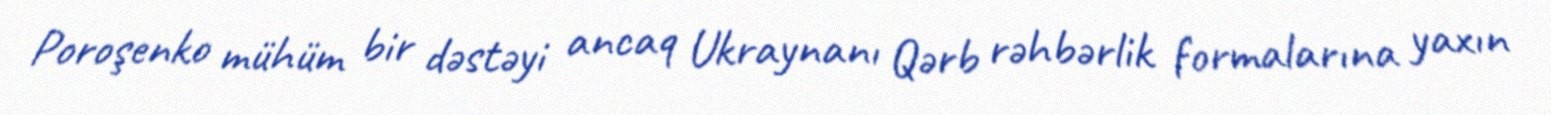
Poroşenko mühüm bir dəstəyi ancaq Ukraynanı Qərb rəhbərlik formalarına yaxın